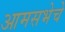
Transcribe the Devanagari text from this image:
आमसभेचे